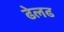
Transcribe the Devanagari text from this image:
ढेलढ